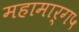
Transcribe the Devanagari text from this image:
महामार्ग५